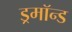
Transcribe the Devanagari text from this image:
ड्रमॉन्ड